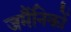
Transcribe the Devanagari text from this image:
जर्मैनिकों